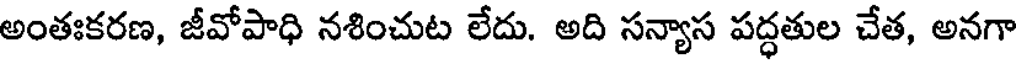
అంతఃకరణ, జీవోపాధి నశించుట లేదు. అది సన్యాస పద్ధతుల చేత, అనగా